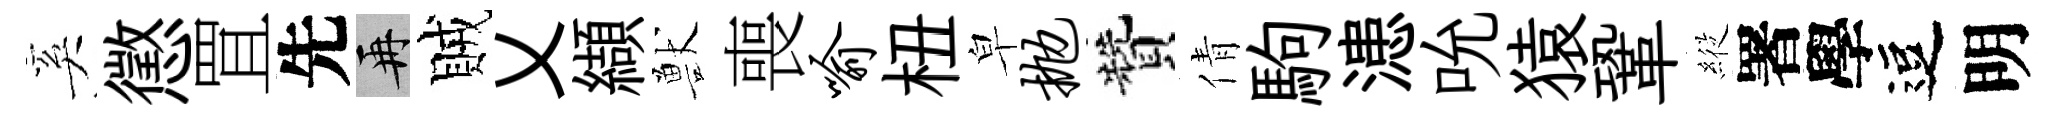
奚懲罝先再賊乂纈獸喪喻杻皁抛贊倩駒漶吮猿鞏𦂵署學逗明